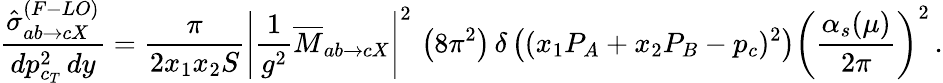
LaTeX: \frac{\hat{\sigma}_{ab\rightarrow cX}^{(F-LO)}}{dp_{c_{T}}^{2}\, dy}=\frac{\pi}{2x_{1}x_{2}S}\left|\frac{1}{g^{2}}\overline{{{M}}}_{ab\rightarrow cX}\right|^{2}\, \left(8\pi^{2}\right)\, \delta\left((x_{1}P_{A}+x_{2}P_{B}-p_{c})^{2}\right)\left(\frac{\alpha_{s}(\mu)}{2\pi}\right)^{2}\, .